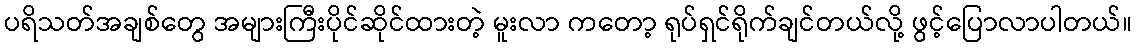
ပရိသတ်အချစ်တွေ အများကြီးပိုင်ဆိုင်ထားတဲ့ မူးလာ ကတော့ ရုပ်ရှင်ရိုက်ချင်တယ်လို့ ဖွင့်ပြောလာပါတယ်။